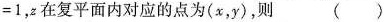
= 1$$，z在复平面内对应的点为(x，y)，则()